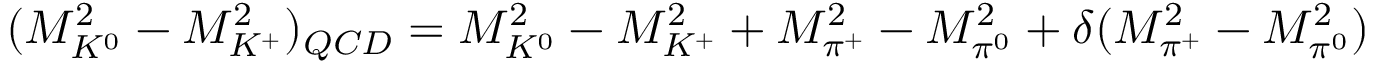
( M _ { K ^ { 0 } } ^ { 2 } - M _ { K ^ { + } } ^ { 2 } ) _ { Q C D } = M _ { K ^ { 0 } } ^ { 2 } - M _ { K ^ { + } } ^ { 2 } + M _ { \pi ^ { + } } ^ { 2 } - M _ { \pi ^ { 0 } } ^ { 2 } + \delta ( M _ { \pi ^ { + } } ^ { 2 } - M _ { \pi ^ { 0 } } ^ { 2 } )